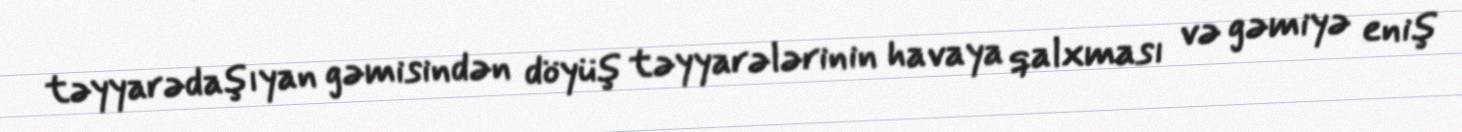
təyyarədaşıyan gəmisindən döyüş təyyarələrinin havaya qalxması və gəmiyə eniş